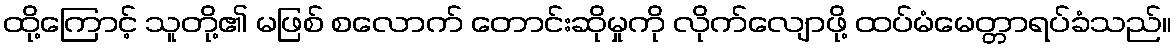
ထို့ကြောင့် သူတို့၏ မဖြစ် စလောက် တောင်းဆိုမှုကို လိုက်လျောဖို့ ထပ်မံမေတ္တာရပ်ခံသည်။